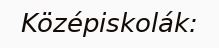
Középiskolák: